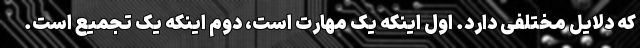
که دلایل مختلفی دارد. اول اینکه یک مهارت است، دوم اینکه یک تجمیع است.